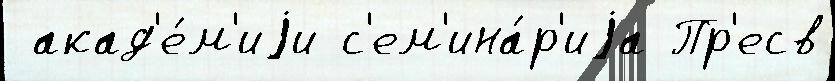
 акад'е́м'иjи с'ем'ина́р'иjа Пр'есв